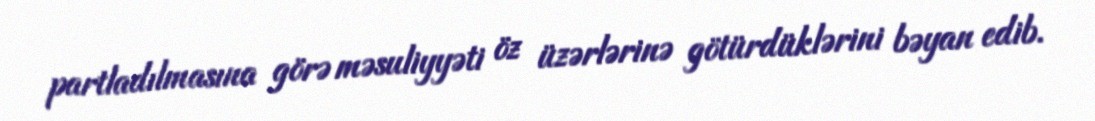
partladılmasına görə məsuliyyəti öz üzərlərinə götürdüklərini bəyan edib.